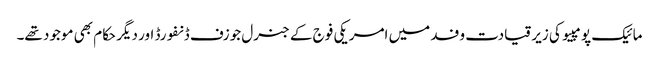
مائیک پومپیو کی زیر قیادت وفد میں امریکی فوج کے جنرل جوزف ڈنفورڈ اور دیگر حکام بھی موجود تھے۔